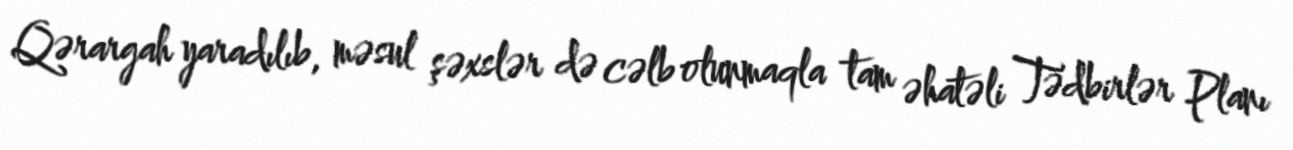
Qərargah yaradılıb, məsul şəxslər də cəlb olunmaqla tam əhatəli Tədbirlər Planı